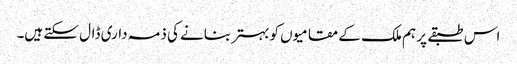
اس طبقے پر ہم ملک کے مقامیوں کو بہتر بنانے کی ذمہ داری ڈال سکتے ہیں۔